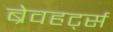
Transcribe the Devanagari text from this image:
ब्रेवहर्ट्स